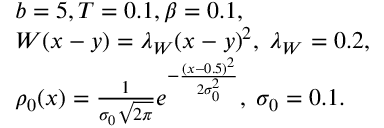
\begin{array} { r l } & { b = 5 , T = 0 . 1 , \beta = 0 . 1 , } \\ & { W ( x - y ) = \lambda _ { W } ( x - y ) ^ { 2 } , \; \lambda _ { W } = 0 . 2 , } \\ & { \rho _ { 0 } ( x ) = \frac { 1 } { \sigma _ { 0 } \sqrt { 2 \pi } } e ^ { - \frac { \left( x - 0 . 5 \right) ^ { 2 } } { 2 \sigma _ { 0 } ^ { 2 } } } , \; \sigma _ { 0 } = 0 . 1 . } \end{array}